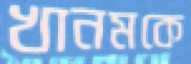
খানমকে